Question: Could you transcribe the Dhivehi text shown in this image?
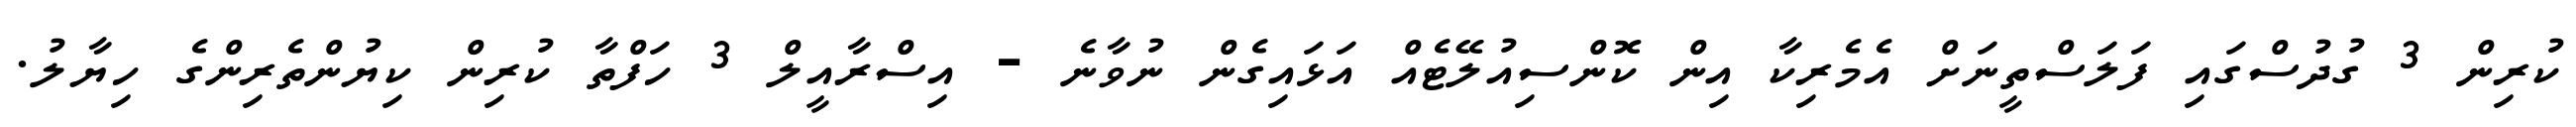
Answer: ކުރިން 3 ގުދުސްގައި ފަލަސްތީނަށް އެމެރިކާ އިން ކޮންސިއުލޭޓެއް އަޅައިގެން ނުވާނެ - އިސްރާއީލް 3 ހަފްތާ ކުރިން ކިޔުންތެރިންގެ ހިޔާލު.